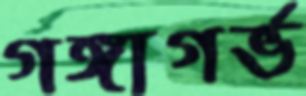
গঙ্গাগর্ভ